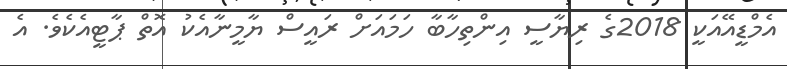
އެމްޑީއޭއަކީ 2018ގެ ރިޔާސީ އިންތިހާބާ ހަަމައަށް ރައީސް ޔާމީނާއެކު އޮތް ޕާޓީއެކެވެ. އެ